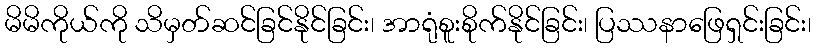
မိမိကိုယ်ကို သိမှတ်ဆင်ခြင်နိုင်ခြင်း၊ အာရုံစူးစိုက်နိုင်ခြင်း၊ ပြဿနာဖြေရှင်းခြင်း၊